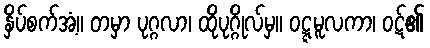
နှိပ်စက်အံ့။ တမှာ ပုဂ္ဂလာ၊ ထိုပုဂ္ဂိုလ်မှ။ ဝဋ္ဋမူလကာ၊ ဝဋ်၏